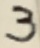
Text: 3